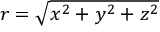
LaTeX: \textstyle r = { \sqrt { x ^ { 2 } + y ^ { 2 } + z ^ { 2 } } }